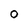
Character: O